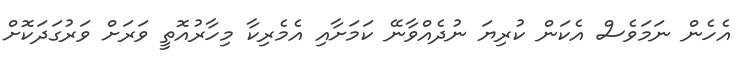
އެހެން ނަމަވެސް އެކަން ކުރިޔަ ނުދެއްވާނޭ ކަމަށާއި އެމެރިކާ މިހާރުއޮތީ ވަރަށް ވަރުގަދަކޮށް